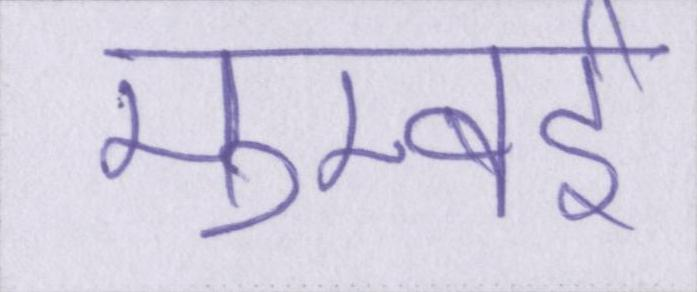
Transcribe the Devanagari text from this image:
मुम्बई